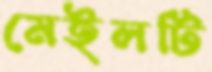
মেইলটি